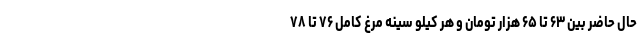
حال حاضر بین ۶۳ تا ۶۵ هزار تومان و هر کیلو سینه مرغ کامل ۷۶ تا ۷۸